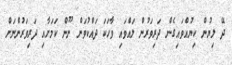
ދޭ ލިޔުން ކިޔުއްވައިގެން ދަރިވަރުން ލައްވައި ވާހަކަ ދައްކުވަން ނޫން ކަމަށާއި ދަރިވަރުންނަށް